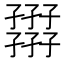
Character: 𡦪